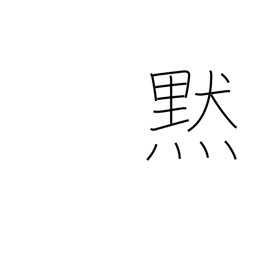
Meaning: silence